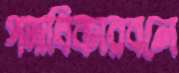
পদাধিকারবলে